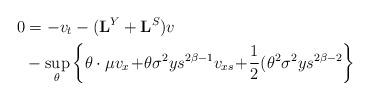
LaTeX: \begin{align*} 0&=-v_t - (\mathbf{L}^Y +\mathbf{L}^{S})v \\ & -\sup_{\theta} \left\{\theta \cdot \mu v_x \!+\!\theta \sigma ^2 y s^{2 \beta-1} v_{xs} \!+\!\frac12(\theta^2\sigma^2 y s^{2\beta-2} \right\} \end{align*}